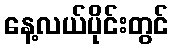
နေ့လယ်ပိုင်းတွင်